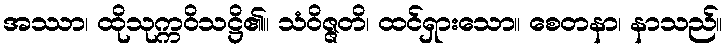
အဿာ၊ ထိုသုက္ကဝိသဋ္ဌိ၏။ သံဝိဇ္ဇတိ၊ ထင်ရှားသော။ စေတနာ၊ နာသည်။